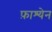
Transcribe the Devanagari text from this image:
फ़ाश्येन